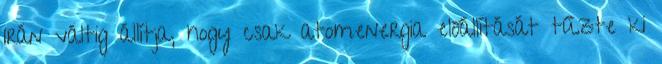
Irán váltig állítja, hogy csak atomenergia előállítását tűzte ki